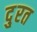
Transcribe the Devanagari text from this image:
दु्रत